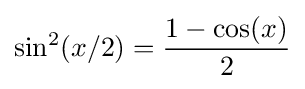
\sin ^{2}(x/2)={\frac {1-\cos(x)}{2}}